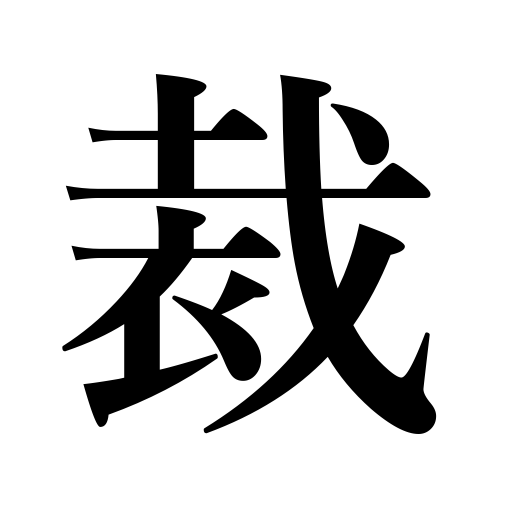
Meanings: abstain from,cut off,eradicate,suppress,interrupt,sever,cut out a suit,shut off,judge